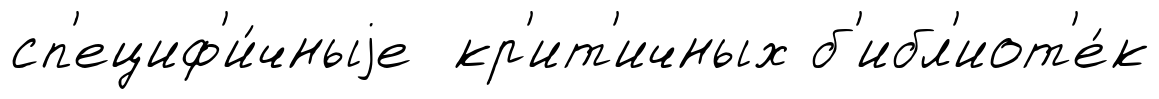
сп'ециф'и́чныjе кр'ит'ичных б'ибл'иот'е́к